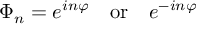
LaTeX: \Phi _ { n } = e ^ { i n \varphi } \, \, \, \, \, \, \mathrm { o r } \, \, \, \, \, \, e ^ { - i n \varphi }